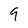
Character: 9